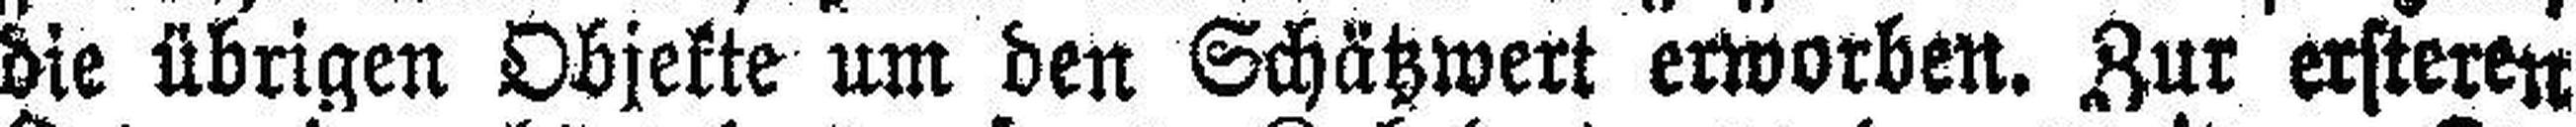
die übrigen Objekte um den Schätzwert erworben. Zur ersteren